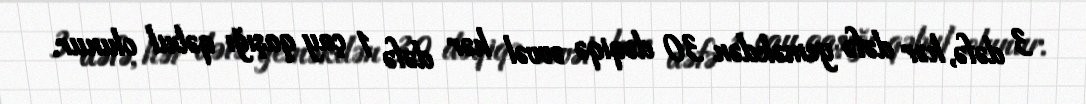
3 dəfə, hər dəfə yeməkdən 30 dəqiqə əvvəl hər dəfə 1 çay qaşığı qəbul olunur.